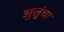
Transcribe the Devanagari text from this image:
झुलूंचा